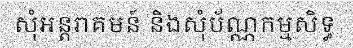
សុំអន្តរាគមន៍ និងសុំប័ណ្ណកម្មសិទ្ធ